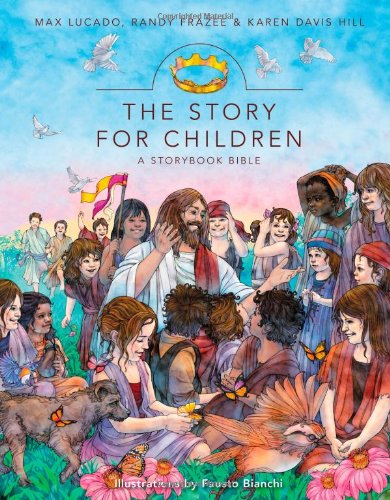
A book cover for The Story for Children, a Storybook Bible; Max Lucado; Education & Teaching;